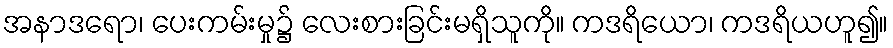
အနာဒရော၊ ပေးကမ်းမှု၌ လေးစားခြင်းမရှိသူကို။ ကဒရိယော၊ ကဒရိယဟူ၍။